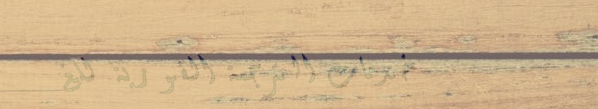
خدمات الترجمة الفورية للغ